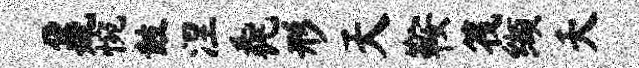
鼐惋鼓涅毳形天鞍筏缬夭